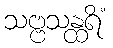
သဗ္ဗသန္ထရိံ